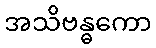
အသိဗန္ဓကော